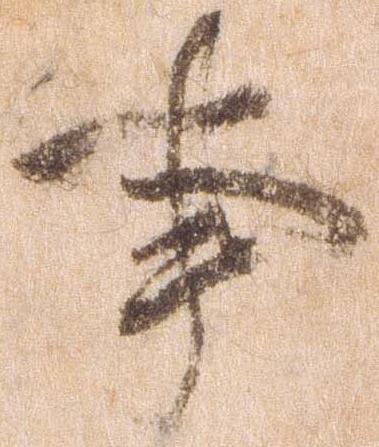
事